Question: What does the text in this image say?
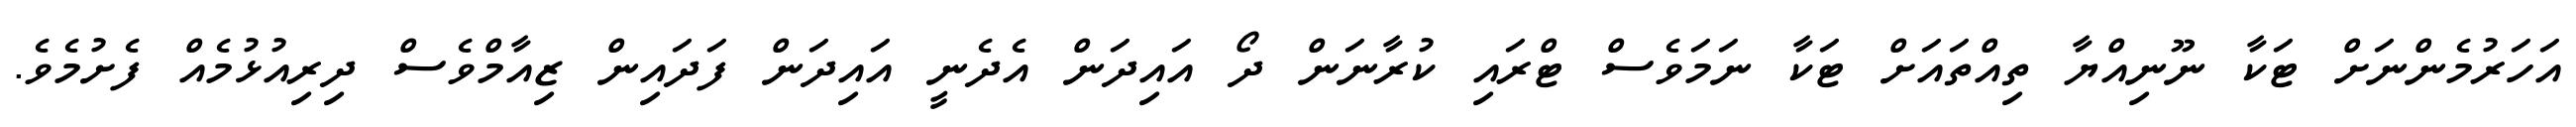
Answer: އަހަރުމެންނަށް ޓަކާ ނޫނިއްޔާ ތިއްތައަށް ޓަކާ ނަމަވެސް ޓްރައި ކުރާނަން ދޯ އައިދަން އެދެނީ އައިދަން ފަދައިން ޒިއާމްވެސް ދިރިއުޅުމެއް ފެށުމެވެ.